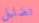
تضليل